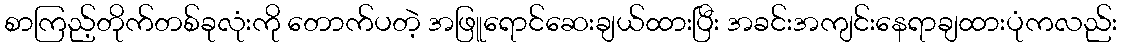
စာကြည့်တိုက်တစ်ခုလုံးကို တောက်ပတဲ့ အဖြူရောင်ဆေးချယ်ထားပြီး အခင်းအကျင်းနေရာချထားပုံကလည်း